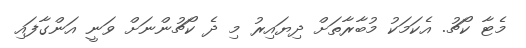
މެޓާ ކޯޗު. އެކަމަކު މުބާރާތަށް ދިޔައިރު މި ދެ ކޯޗުންނަށް ވަނީ އަންގާފައި